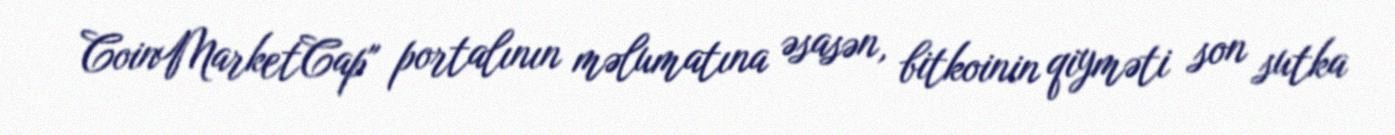
CoinMarketCap" portalının məlumatına əsasən, bitkoinin qiyməti son sutka